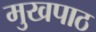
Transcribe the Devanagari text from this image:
मुखपाठ